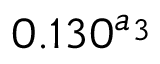
0 . 1 3 0 ^ { a _ { 3 } }